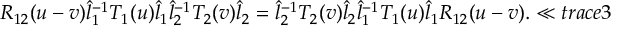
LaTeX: R _ { 1 2 } ( u - v ) \hat { l } _ { 1 } ^ { - 1 } T _ { 1 } ( u ) \hat { l } _ { 1 } \hat { l } _ { 2 } ^ { - 1 } T _ { 2 } ( v ) \hat { l } _ { 2 } = \hat { l } _ { 2 } ^ { - 1 } T _ { 2 } ( v ) \hat { l } _ { 2 } \hat { l } _ { 1 } ^ { - 1 } T _ { 1 } ( u ) \hat { l } _ { 1 } R _ { 1 2 } ( u - v ) . \ll { t r a c e 3 }